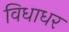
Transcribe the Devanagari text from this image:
विधाधर